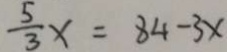
\frac { 5 } { 3 } x = 8 4 - 3 x